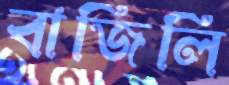
বাজিলি